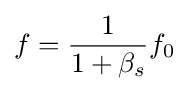
f={\frac {1}{1+\beta _{s}}}f_{0}